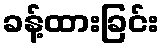
ခန့်ထားခြင်း